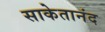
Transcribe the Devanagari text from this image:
साकेतानंद